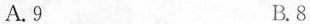
A.9 B.8